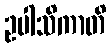
ဥပါသိကာတိ